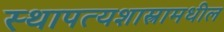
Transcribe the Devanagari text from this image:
स्थापत्यशास्त्रामधील